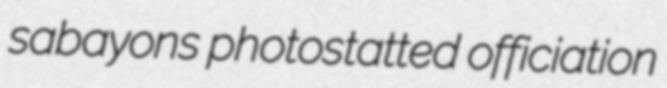
sabayons photostatted officiation